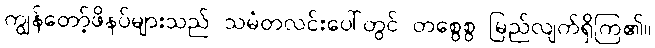
ကျွန်တော့်ဖိနပ်များသည် သမံတလင်းပေါ်တွင် တစွေစွ မြည်လျက်ရှိကြ၏။